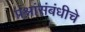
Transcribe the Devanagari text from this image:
प्रश्नांसंबंधीचे